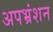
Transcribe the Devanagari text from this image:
अपभ्रंशन